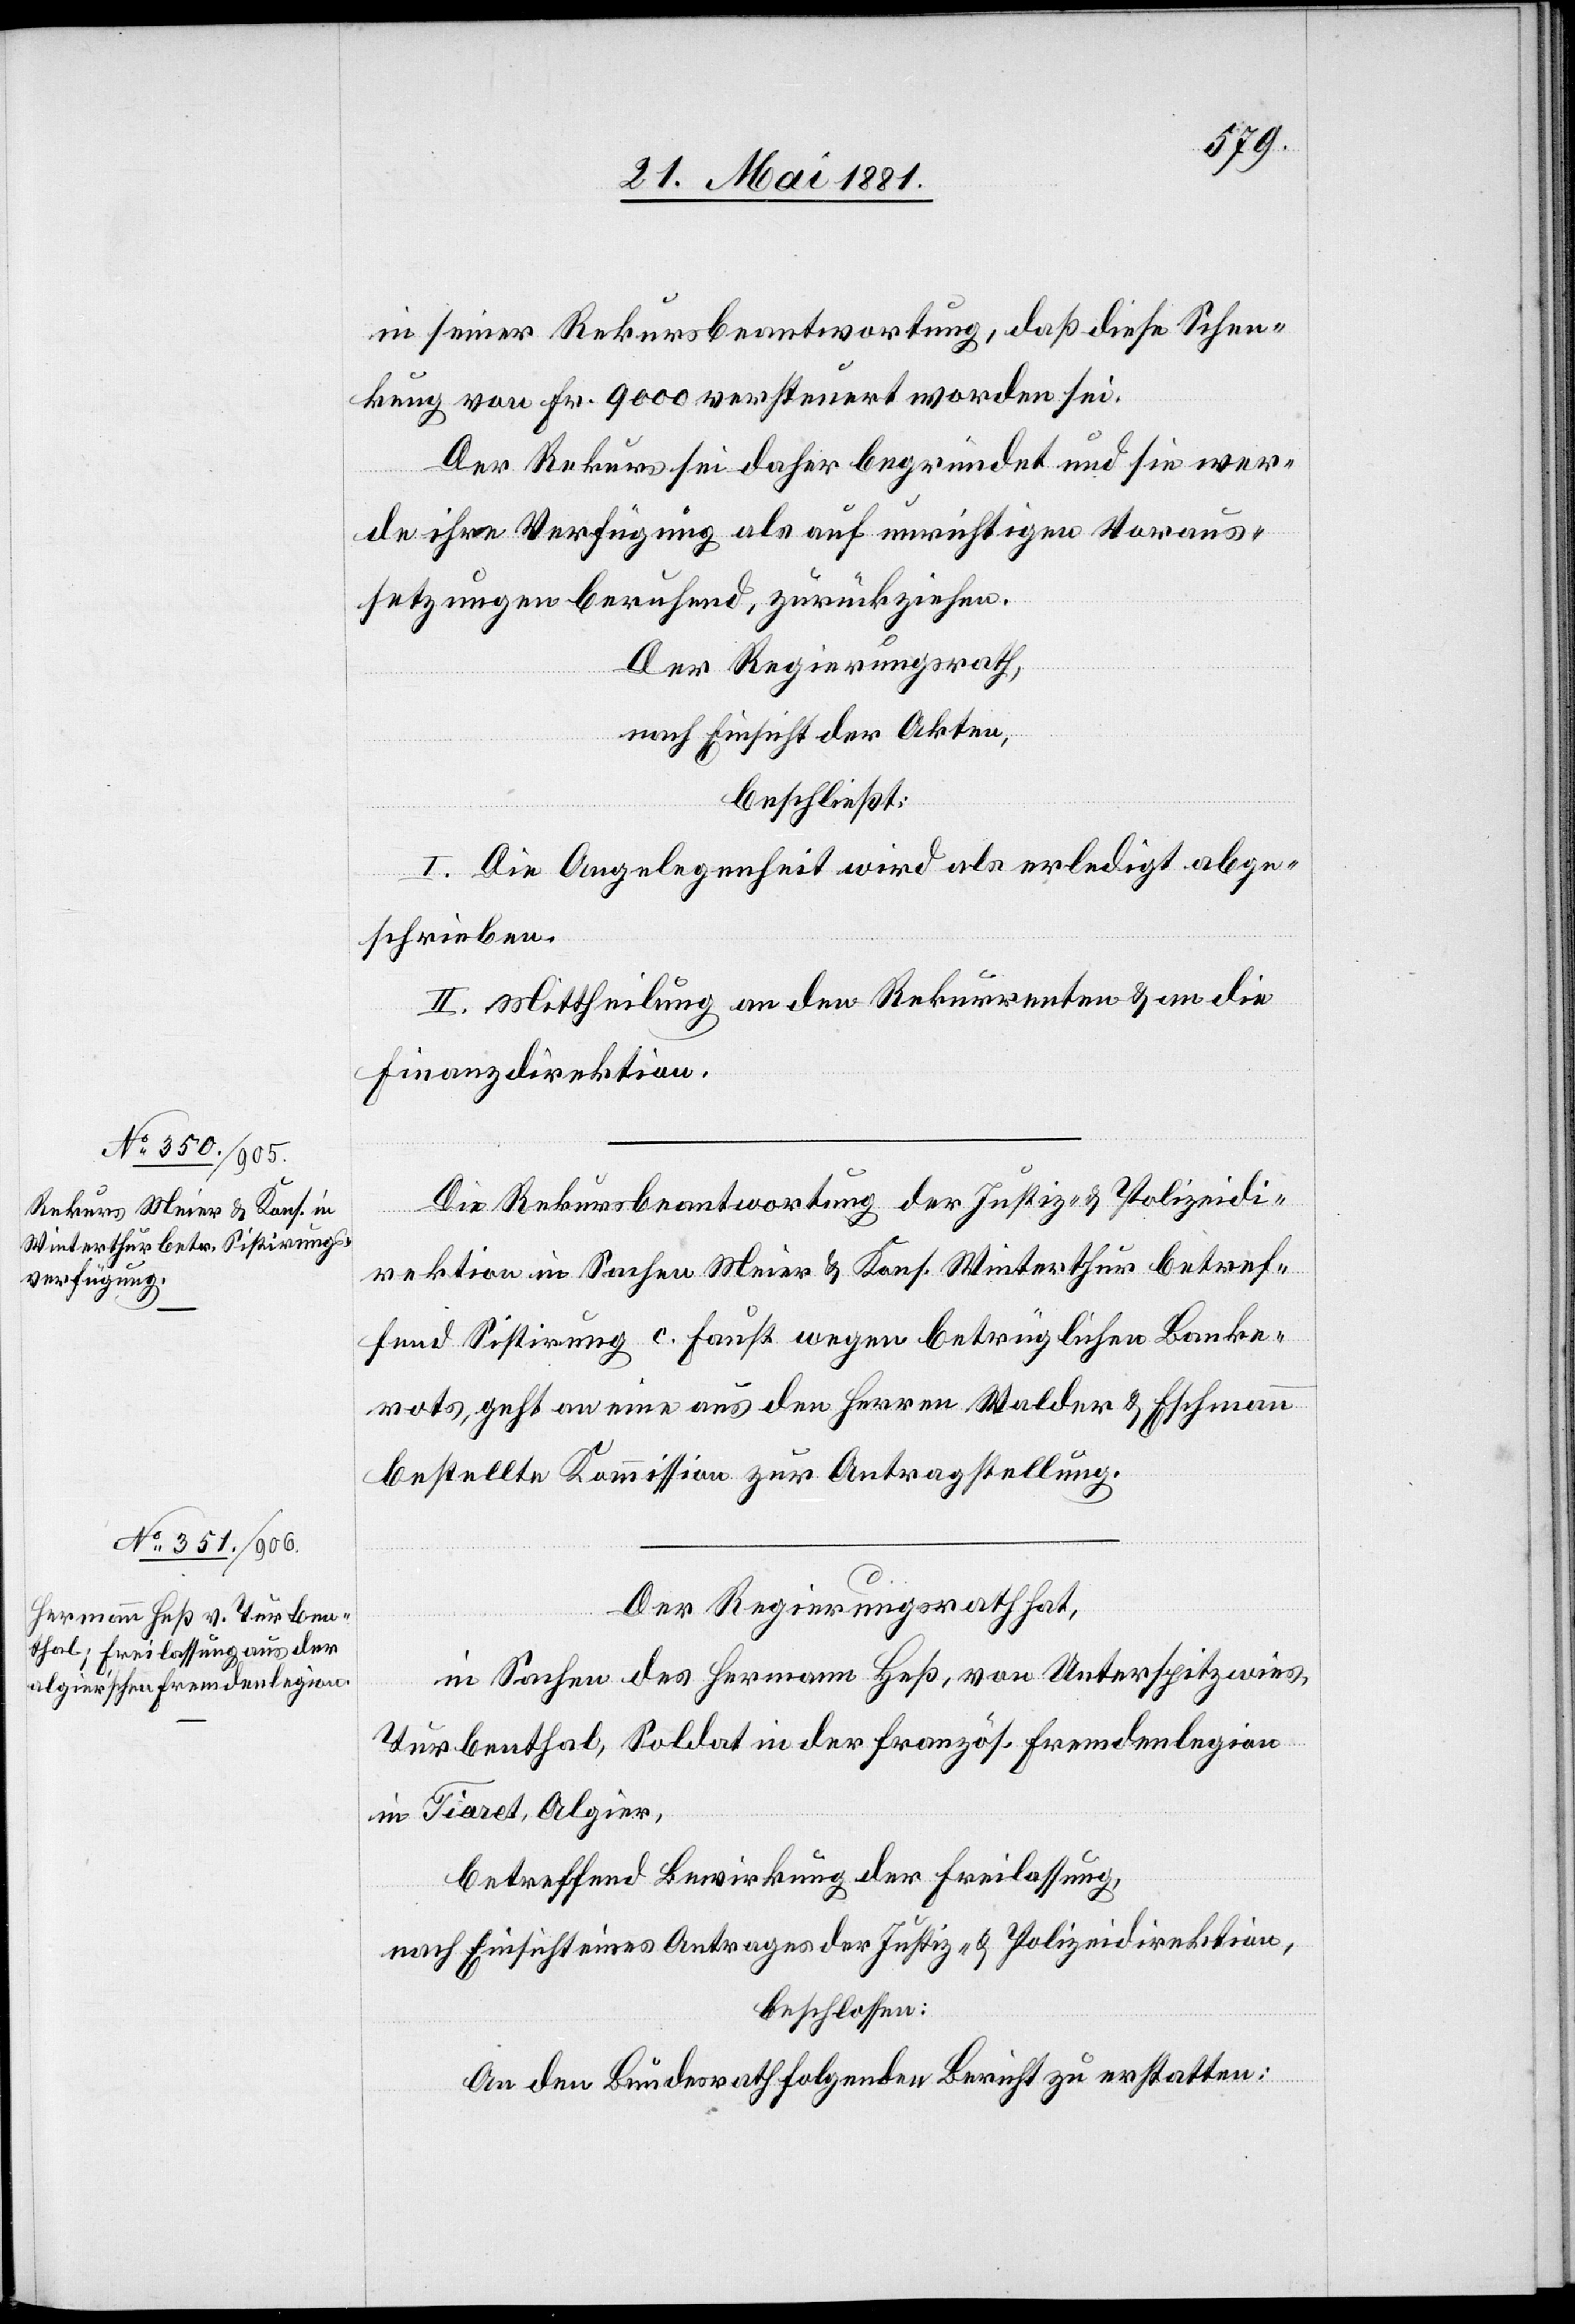
in seiner Rekursbeantwortung, daß diese Schen¬
kung von Fr. 9000 versteuert worden sei.
Der Rekurs sei daher begründet und sie wer¬
de ihre Verfügung als auf unrichtige Voraus¬
setzungen beruhend, zurückziehen.
Der Regierungsrath,
nach Einsicht der Akten,
beschließt:
I. Die Angelegenheit wird als erledigt abge¬
schrieben.
II. Mittheilung an den Rekurrenten & an die
Finanzdirektion.
Die Rekursbeantwortung der Justiz- & Polizeidi¬
rektion in Sachen Meier & Kons. [in] Winterthur betref¬
fend Sistirung c. faust wegen betrüglichen Banke¬
rots, geht an eine aus den Herren Walder & Eschmann
bestellte Kommission zur Antragstellung.
Der Regierungsrath hat,
in Sachen des Hermann Heß, von Unterspitzwies,
Turbenthal, Soldat in der französ. Fremdenlegion
in Tiaret, Algier,
betreffend Bewirkung der Freilassung,
nach Einsicht eines Antrages der Justiz- & Polizeidirektion,
beschlossen:
An den Bundesrath folgenden Bericht zu erstatten: